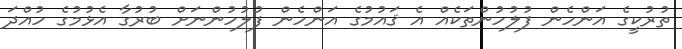
ތުރުކީގެ އަންހެން ފުލުހުންތަކެއް އެ ޤައުމުގެ އަންހެން ފުލުހުންނަށް ބުރުގާ އެޅުމުގެ ހުއްދަ